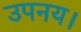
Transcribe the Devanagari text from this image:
उपनय।